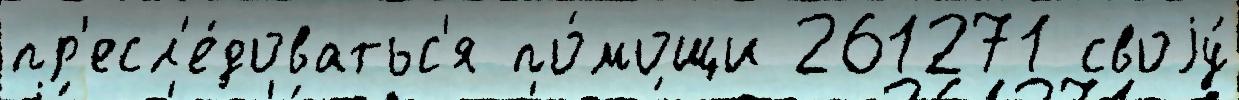
пр'есл'е́доватьс'я по́мощи 261271 своjу́